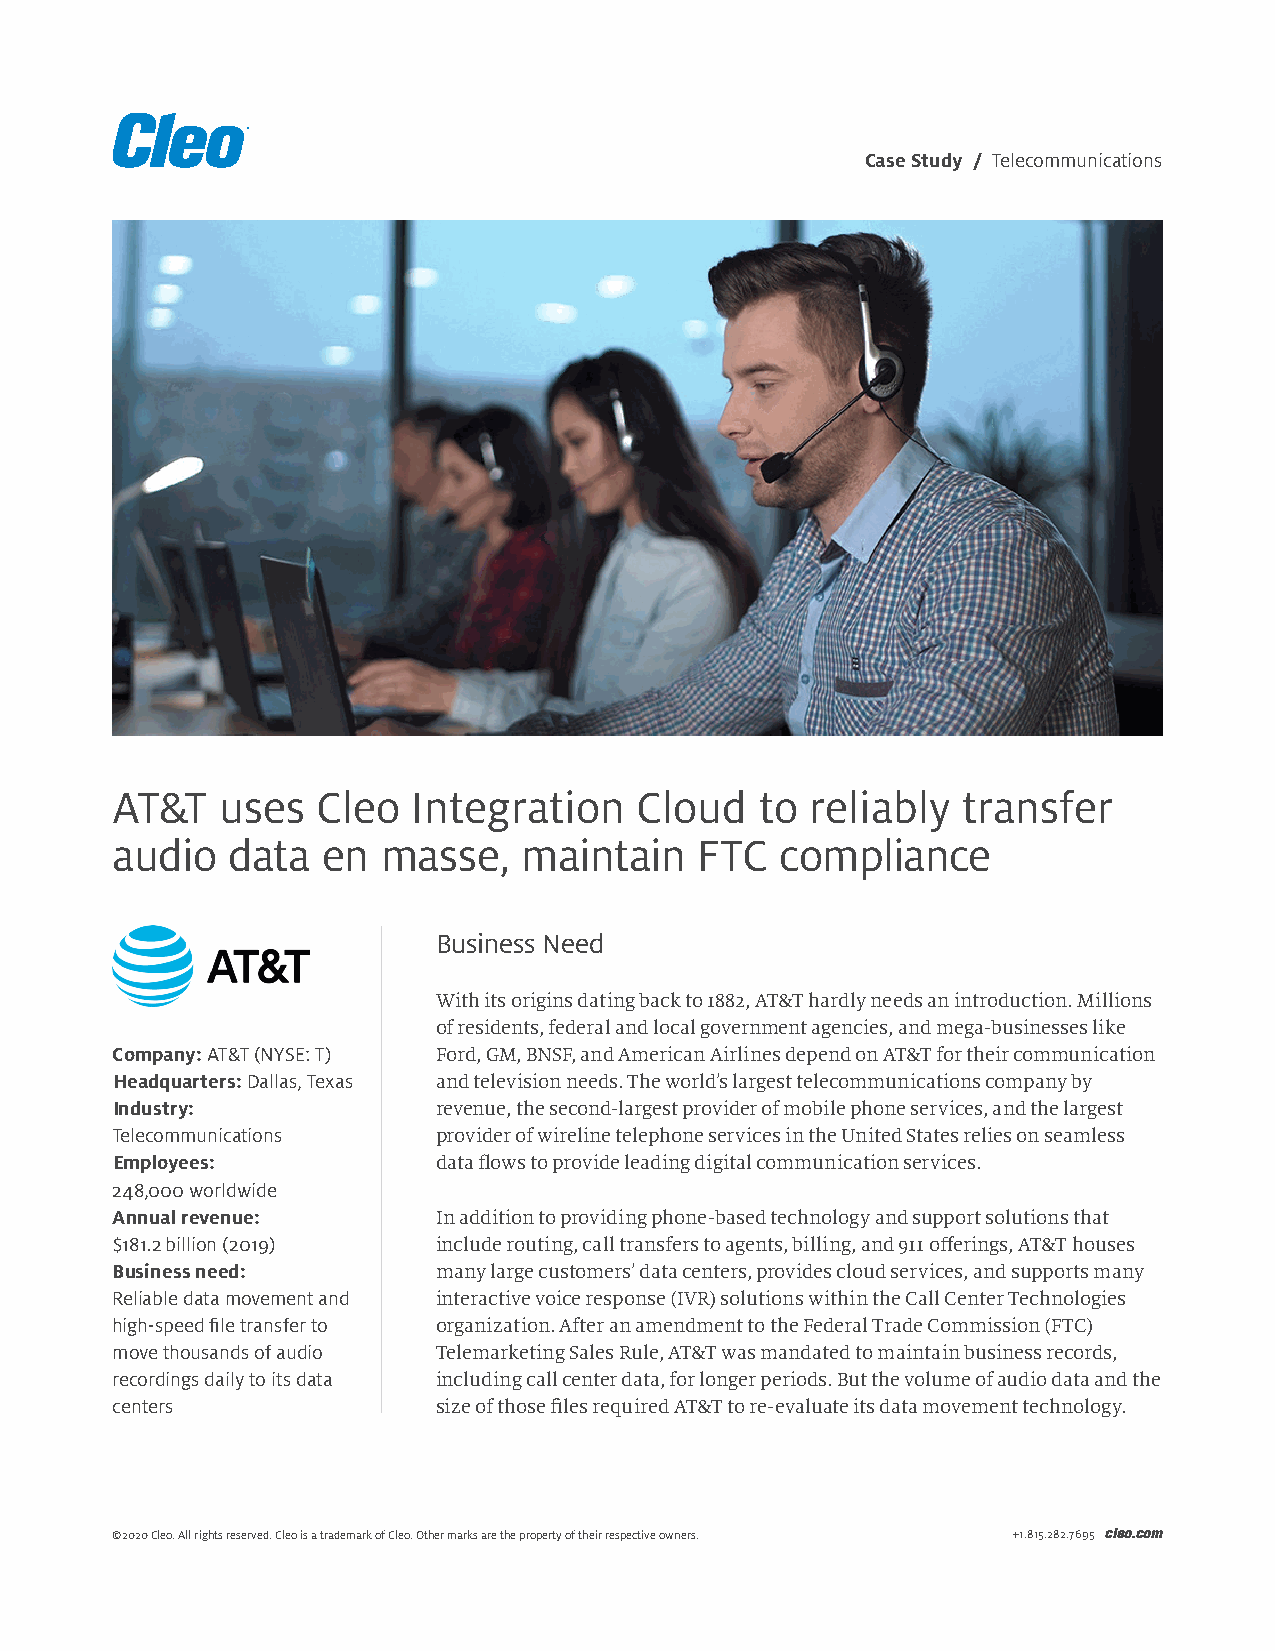
Case Study / Telecommunications
 AT&T    uses  Cleo  Integration    Cloud   to  reliably  transfer
 audio   data  en  masse,    maintain   FTC   compliance
 Business Need
 With its origins dating back to 1882, AT&T hardly needs an introduction. Millions
 of residents, federal and local government agencies, and mega-businesses like
 Company: AT&T (NYSE: T) Ford, GM, BNSF, and American Airlines depend on AT&T for their communication
 Headquarters: Dallas, Texas and television needs. The world’s largest telecommunications company by
 Industry:             revenue, the second-largest provider of mobile phone services, and the largest
 Telecommunications    provider of wireline telephone services in the United States relies on seamless
 Employees:            data flows to provide leading digital communication services.
 248,000 worldwide
 Annual revenue:       In addition to providing phone-based technology and support solutions that
 $181.2 billion (2019) include routing, call transfers to agents, billing, and 911 offerings, AT&T houses
 Business need:        many large customers’ data centers, provides cloud services, and supports many
 Reliable data movement and interactive voice response (IVR) solutions within the Call Center Technologies
 high-speed file transfer to organization. After an amendment to the Federal Trade Commission (FTC)
 move thousands of audio Telemarketing Sales Rule, AT&T was mandated to maintain business records,
 recordings daily to its data including call center data, for longer periods. But the volume of audio data and the
 centers               size of those files required AT&T to re-evaluate its data movement technology.
 ©2020 Cleo. All rights reserved. Cleo is a trademark of Cleo. Other marks are the property of their respective owners. +1.815.282.7695 cleo.com